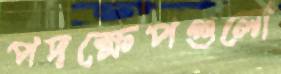
পদক্ষেপগুলো